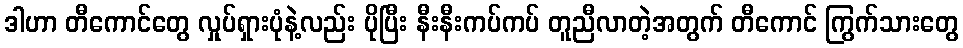
ဒါဟာ တီကောင်တွေ လှုပ်ရှားပုံနဲ့လည်း ပိုပြီး နီးနီးကပ်ကပ် တူညီလာတဲ့အတွက် တီကောင် ကြွက်သားတွေ